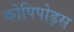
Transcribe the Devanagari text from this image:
कोपिपोड्स